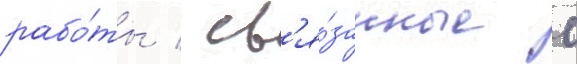
рабо́ты / св'я́занные с